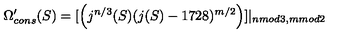
\Omega _ { c o n s } ^ { \prime } ( S ) = [ \left( j ^ { n / 3 } ( S ) ( j ( S ) - 1 7 2 8 ) ^ { m / 2 } \right) ] | _ { n m o d 3 , m m o d 2 }